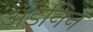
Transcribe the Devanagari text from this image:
अडेनिन